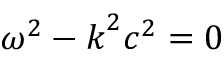
\omega ^ { 2 } - \boldsymbol { k } ^ { 2 } c ^ { 2 } = 0